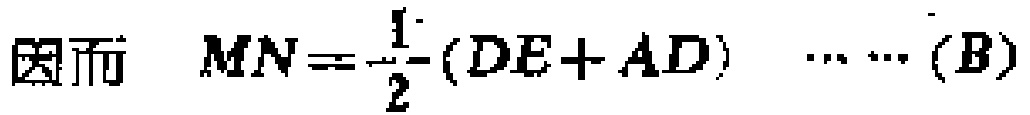
因而 $\quad MN=\frac{1}{2}(DE + AD)\quad\cdots\cdots(B)$